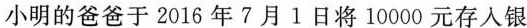
小明的爸爸于2016年7月1日将10000元存入银